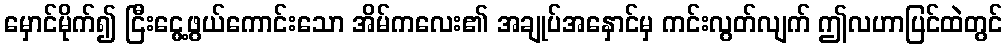
မှောင်မိုက်၍ ငြီးငွေ့ဖွယ်ကောင်းသော အိမ်ကလေး၏ အချုပ်အနှောင်မှ ကင်းလွတ်လျက် ဤလဟာပြင်ထဲတွင်